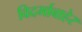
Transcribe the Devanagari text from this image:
विदर्भाबाहेर